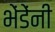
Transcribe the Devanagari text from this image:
भेंडेंनी